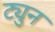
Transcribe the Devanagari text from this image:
ट्युन